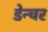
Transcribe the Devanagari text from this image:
डेन्चर